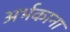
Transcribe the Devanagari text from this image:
अर्भकाना